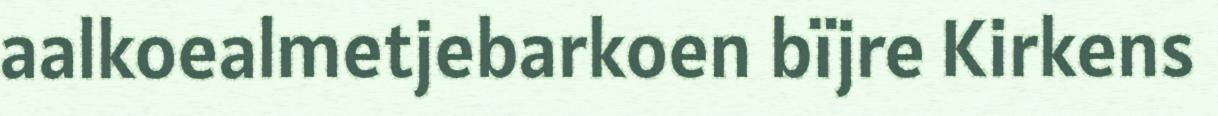
aalkoealmetjebarkoen bïjre Kirkens